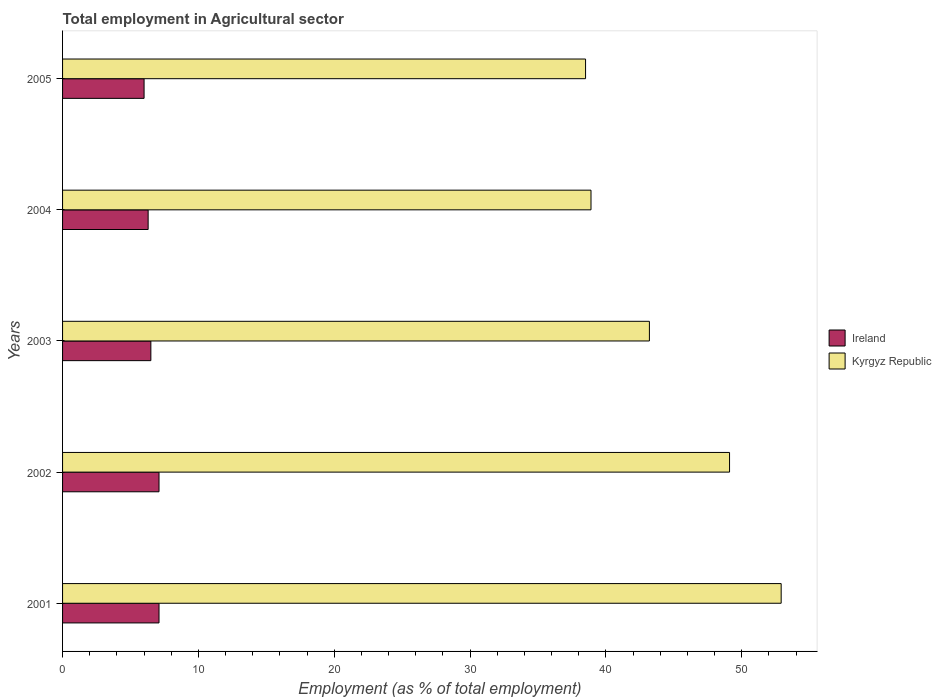
| Years | Ireland | Kyrgyz Republic |
 | --- | --- | --- |
 | 2001 | 7.1 | 52.9 |
 | 2002 | 7.1 | 49.1 |
 | 2003 | 6.5 | 43.2 |
 | 2004 | 6.3 | 38.9 |
 | 2005 | 6 | 38.5 |